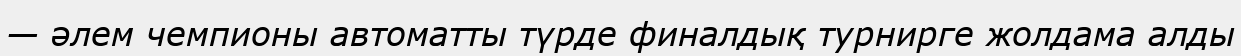
— әлем чемпионы автоматты түрде финалдық турнирге жолдама алды